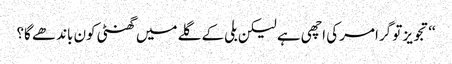
‘‘تجویز تو گرامر کی اچھی ہے لیکن بلی کے گلے میں گھنٹی کون باندھے گا؟